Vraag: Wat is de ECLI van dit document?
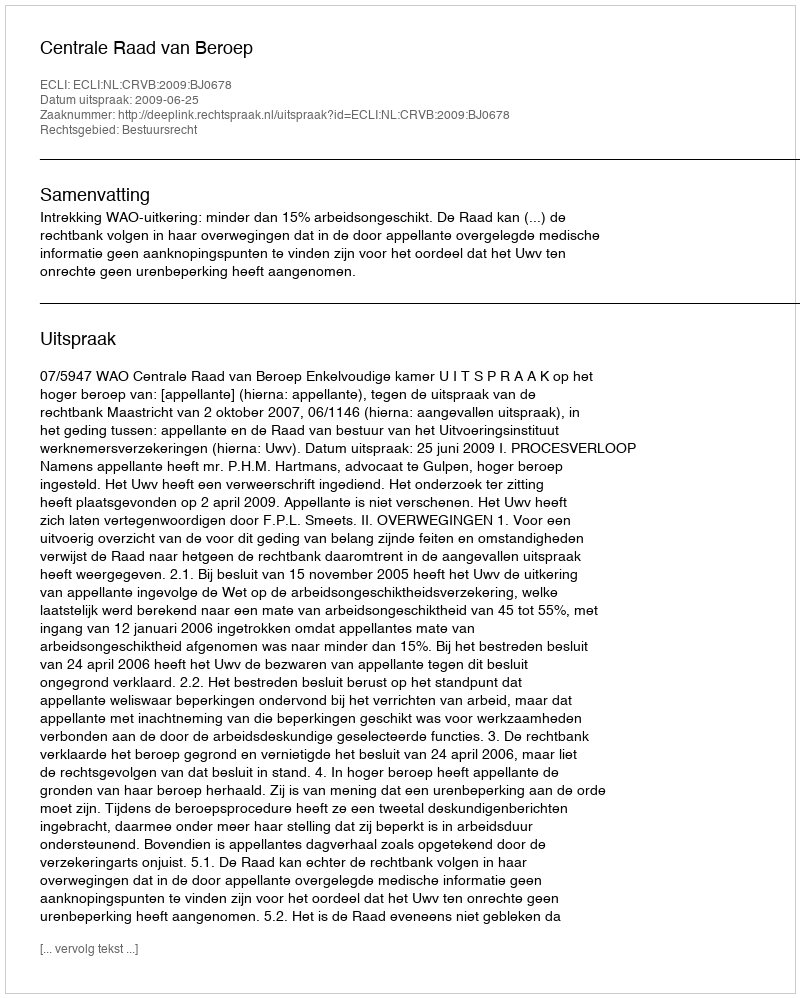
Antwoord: ECLI:NL:CRVB:2009:BJ0678